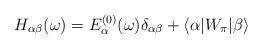
LaTeX: \begin{align*}H_{\alpha\beta}(\omega) = E_\alpha^{(0)}(\omega) \delta_{\alpha\beta} + \langle \alpha | W_\pi | \beta \rangle\end{align*}